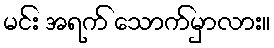
မင်း အရက် သောက်မှာလား။